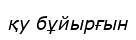
қу бұйырғын